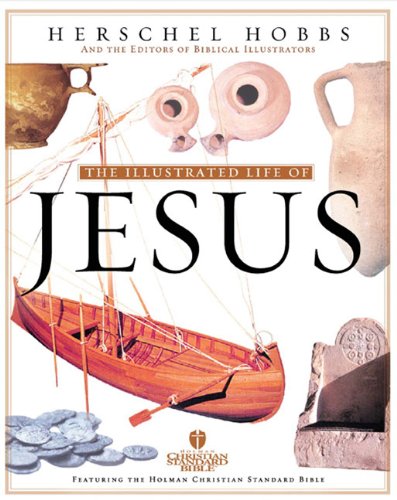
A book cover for Illustrated Life of Jesus; Herschel  H. Hobbs; Christian Books & Bibles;